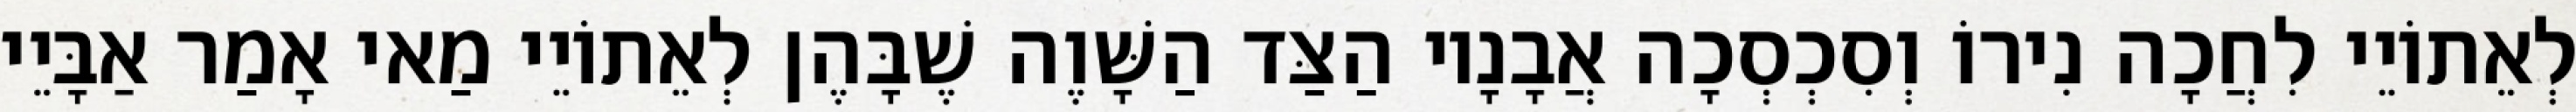
לְאֵתוֹיֵי לִחֲכָה נִירוֹ וְסִכְסְכָה אֲבָנָיו הַצַּד הַשָּׁוֶה שֶׁבָּהֶן לְאֵתוֹיֵי מַאי אָמַר אַבָּיֵי